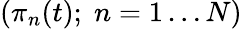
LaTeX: (\pi_{n}(t);\; n=1\ldots N)